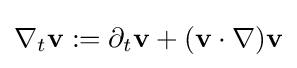
\nabla _{t}\mathbf {v} :=\partial _{t}\mathbf {v} +(\mathbf {v} \cdot \nabla )\mathbf {v}